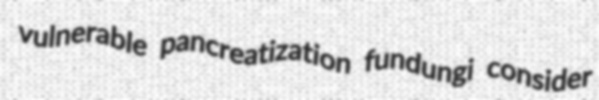
vulnerable pancreatization fundungi consider